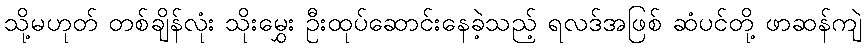
သို့မဟုတ် တစ်ချိန်လုံး သိုးမွှေး ဦးထုပ်ဆောင်းနေခဲ့သည့် ရလဒ်အဖြစ် ဆံပင်တို့ ဖာဆန်ကျဲ